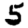
Digit: 5